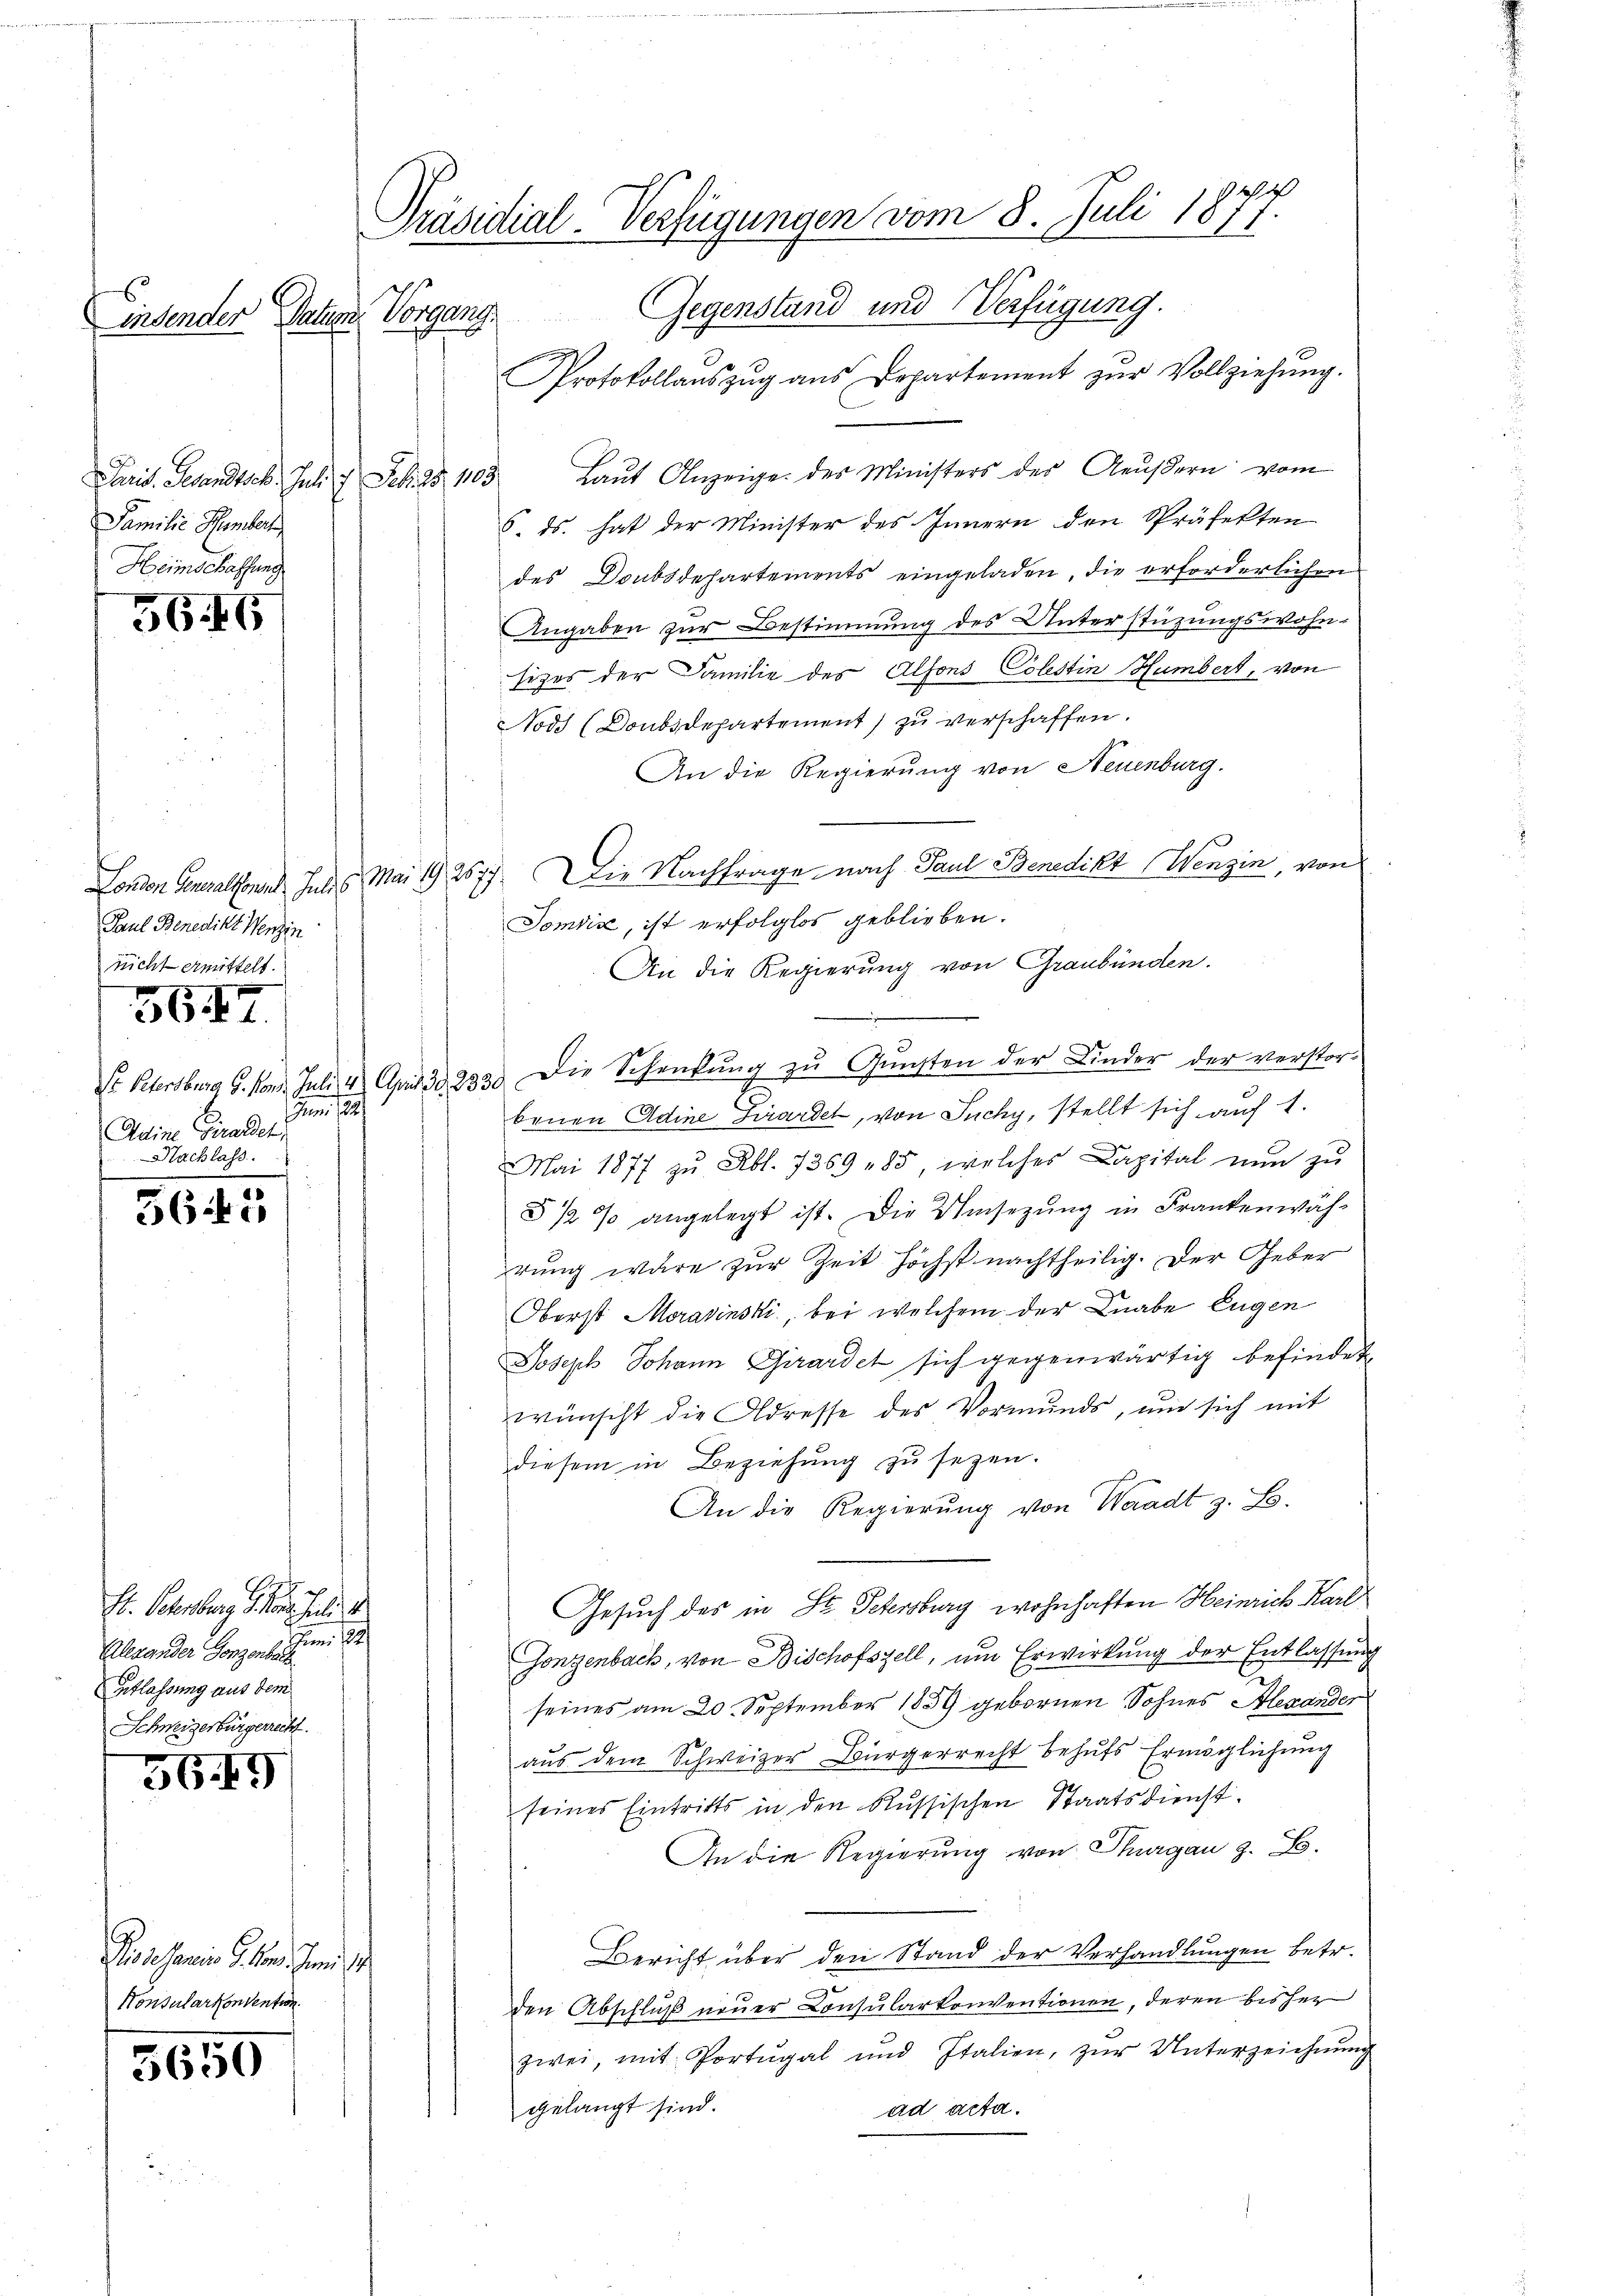
insender Patum

Familie Hember
Heimschaffung

56.16

Paul Benedikt Menzin
nicht ermittelt.

567.

J.
Adine Girardel
Nachlass.

3645

H. Oberberg der Juli 1
Alexander Ganzen schrei
Erblassung aus dem
Schweizerbürgerrecht.

56. 49

Pisissani G. 1. Juni 18
Konsularkonvention.

3650

Präsidial-Verfügungen vom 8. Juli 1877.
Vorgang. Gegenstand und Verfügung.
Protokollauszug aus Departement zur Vollziehung.

Paris. Gesandtsch. Juli 7 Frk. 25. 1103. Laŭt Anzeige des Ministers der Aŭβern vom
6. ds. hat der Minister des Innern den Präfekten
des Doubsdehartements eingeladen, die erforderlichen
Angaben zur Bestimmung des Unterstüzungswohn-
sizes der Familie des Alfons Colestin Humbert, von
Nods (Doubsdepartement) zu verschaffen.
An die Regierung von Neuenburg.
London Generalkonnt habes. Mai 192577. Die Nachfrage nach Paul Benedikt (Wenzen, von
Tomiis, ist erfolglos geblieben.
An die Regierung von Graubünden.
St Petersburg G. Vond. Juli 4. April 18233. Die Schenkung zu Gunsten der Kinder der verstor-
benen Adine Girardet, von Juchy, stellt sich auf 1.
Mai 1877 zu Abl. 7359 " 85, welches Capital nŭn zŭ
§ ½ % angelegt ist. Die Umsetzung in Frankenwährung wäre zur Zeit höchst nachtheilig. Der Geber
Oberst Moravinski, bei welchem der Knabe Eugen
Joseph Johann Girardet sich gegenwärtig befindet
wünscht die Adresse des Vormunds, um sich mit
diesem in Beziehung zu sezen.
An die Regierung von Waadt z. B.
Gesuch des in St. Petersburg wohnhaften Heinrich Karl
Gonzenbach, von Bischofszell, um Erwirkung der Entlassung
seines am 20. September 1859 gebornen Sohnes Alexander
aus dem Schweizer Bürgerrecht behufs Ermöglichung
seines Eintritts in den Russischen Staatsdienst.
An die Regierung von Thurgau z. B.
Bericht über den Stand der Verhandlungen betr.
den Abschluß neuer Consularkonventionen, deren bisher
zwei, mit Portugal und Italien, zŭr Unterzeichnŭng
gelangt sind.
ad acta.